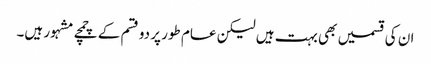
ان کی قسمیں بھی بہت ہیں لیکن عام طور پر دو قسم کے چمچے مشہور ہیں۔